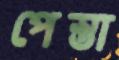
পেস্তা